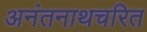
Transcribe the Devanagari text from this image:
अनंतनाथचरित